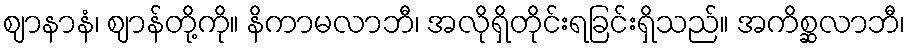
ဈာနာနံ၊ ဈာန်တို့ကို။ နိကာမလာဘီ၊ အလိုရှိတိုင်းရခြင်းရှိသည်။ အကိစ္ဆလာဘီ၊